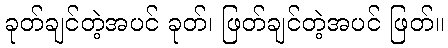
ခုတ်ချင်တဲ့အပင် ခုတ်၊ ဖြတ်ချင်တဲ့အပင် ဖြတ်။